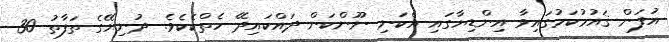
އުފަން ޤައުމުކަމުގައިވާ އިންޑިޔާގައި އެކަނި ނޫންކަން ދައްކައިދޭ ހެތްކެކެވެ. ދުނިޔޭގެ ތަފާތު 30